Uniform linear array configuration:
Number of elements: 48
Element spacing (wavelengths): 0.75
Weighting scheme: exponential
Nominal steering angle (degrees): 0
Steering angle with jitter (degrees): -0.3835
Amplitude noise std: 0.05
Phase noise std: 0.05

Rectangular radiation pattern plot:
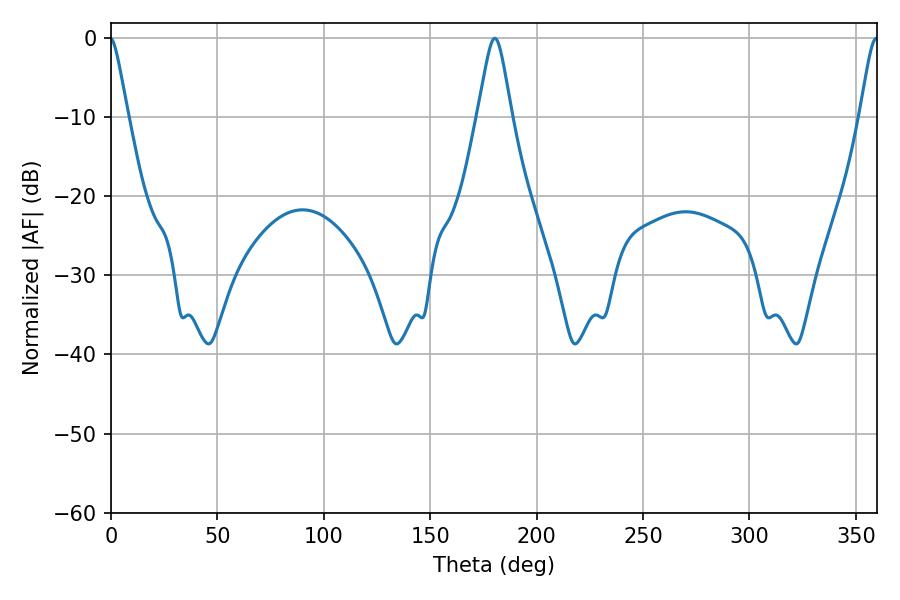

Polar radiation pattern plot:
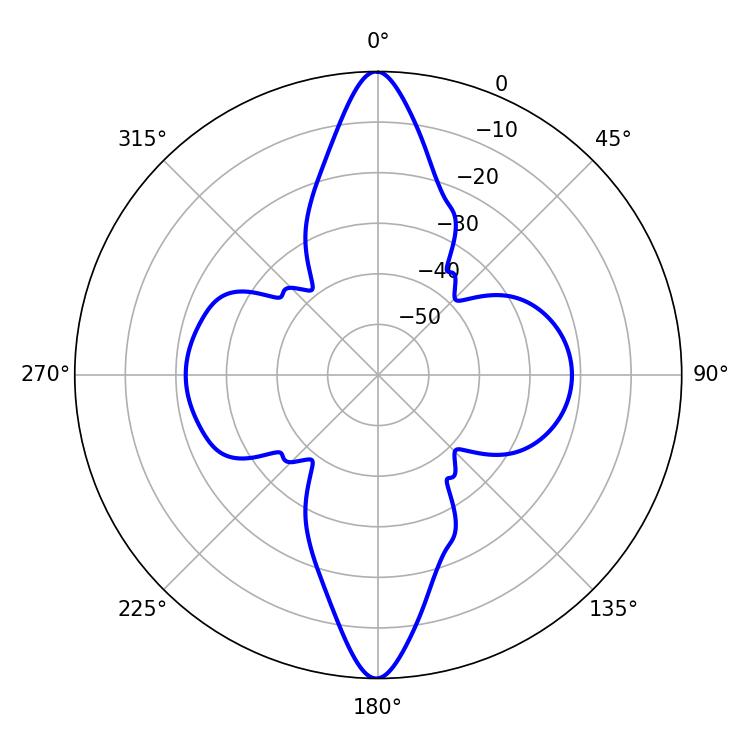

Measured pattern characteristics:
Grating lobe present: TRUE
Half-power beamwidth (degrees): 7.56
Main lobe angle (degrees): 180.36